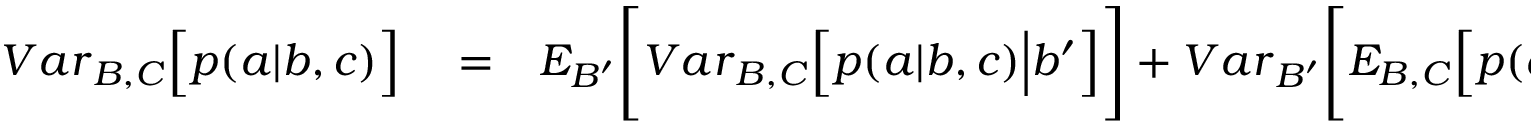
\begin{array} { r l r } { { V a r } _ { B , C } \Big [ p ( a | b , c ) \Big ] } & { { } = } & { { E } _ { B ^ { \prime } } \Bigg [ { V a r } _ { B , C } \Big [ p ( a | b , c ) \Big | b ^ { \prime } \Big ] \Bigg ] + { V a r } _ { B ^ { \prime } } \Bigg [ { E } _ { B , C } \Big [ p ( a | b , c ) \Big | b ^ { \prime } \Big ] \Bigg ] . } \end{array}